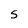
Character: S